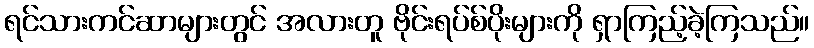
ရင်သားကင်ဆာများတွင် အလားတူ ဗိုင်းရပ်စ်ပိုးများကို ရှာကြည့်ခဲ့ကြသည်။